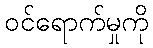
ဝင်ရောက်မှုကို